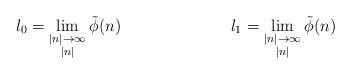
LaTeX: \begin{align*}l_0&=\lim_{\substack{|n|\to\infty \\ |n|}}\tilde{\phi}(n) & l_1&=\lim_{\substack{|n|\to\infty \\ |n|}}\tilde{\phi}(n)\end{align*}